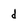
Character: d